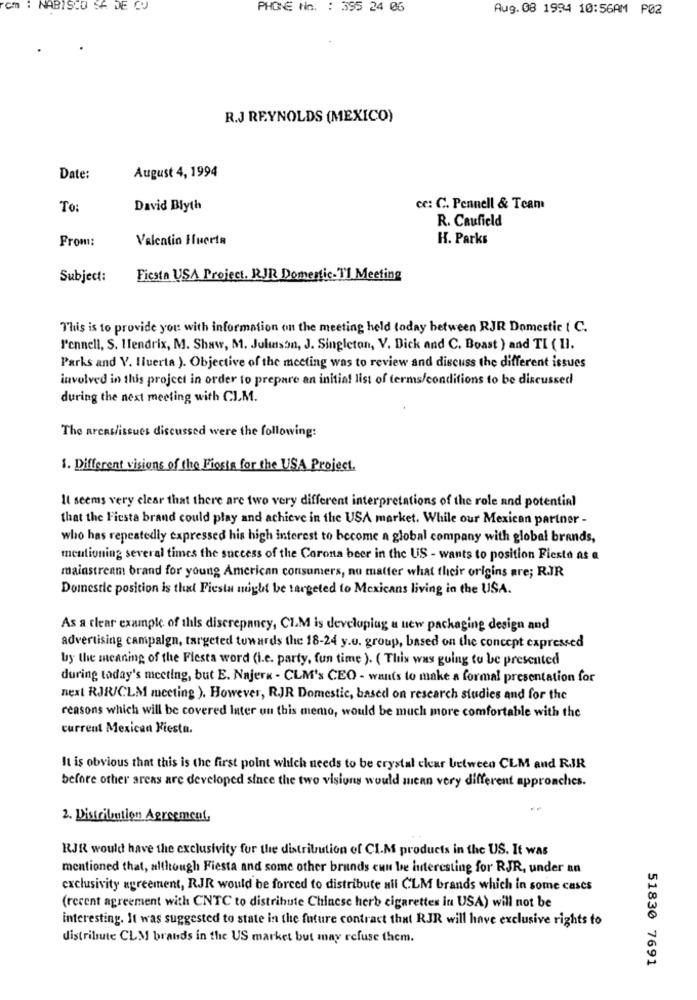
cm : NABISCO SA DE CU
PHONE No. : 395 24 06
Aug. 08 1994 10:56AM PØ2
R.J REYNOLDS (MEXICO)
August 4, 1994
Date:
To:
David Blyth
cc: C. Pennell & Team
R. Caufield
From:
Valentin Huerta
H. Parks
Subject:
Fiesta USA Project. RJR Domenic-TI Meeting
This is to provide you with information on the meeting held today between RJR Domestic ( C.
l'ennell, S. Hendrix, M. Shaw, M. Julmason, J. Singleton, V. Dick and C. Boast ) and TI ( II.
Parks and V. Huerta ). Objective of the meeting was to review and discuss the different issues
involved in this project in order to prepare an initial list of terms/conditions to be discussed
during the next meeting with C.J.M.
The areas/issues discussed were the following:
1. Different visions of the Fiosis for the USA Project.
It seems very clear that there are two very different interpretations of the role and potential
that the Fiesta brand could play and achieve in the USA market. While our Mexican partner -
who has repeatedly expressed his high interest to become a global company with global brands,
meutioning several times the success of the Corona beer in the US - wants to position Fiesta as a
mainstream brand for young American consumers, no matter what their origins are; R.JR
Domestic position is that Fiesta might be targeted to Mexicans living in the USA.
As a clear example of this discrepancy, CLM is developing a new packaging design and
advertising campaign, targeted towards the 18-24 y.o. group, based on the concept expressed
by the meaning of the Flesta word (i.e. party, fun time ). ( This was going to be presented
during today's meeting, but E. Najerx - CLM's CEO - wants to make a formal presentation for
next RJRICLM mceting ). However, RJR Domestic, based on research studies and for the
reasons which will be covered Inter on this memo, would be much more comfortable with the
current Mexican Fiesta.
It is obvious that this is the first point which needs to be crystal clear between CLM and RJR
before other areas are developed since the two visions would mean very different approaches.
2. Distribution Agreement,
RJR would have the exclusivity for the distribution of CI.M products in the US. It was
mentioned that, although Fiesta and some other brands eun be interesting for RJR, under an
exclusivity agreement, RJR would be forced to distribute nil CLM brands which in some cases
(recent agreement with CNTC to distribute Chinese herb cigarettes in USA) will not be
interesting. It was suggested to state in the future contract that RJR will have exclusive rights to
distribute CLM brands in the US market but may refuse them.
51830 7691